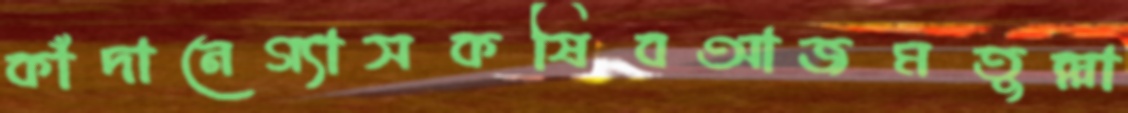
কাঁদানেগ্যাসকষিবআজমতুল্লা